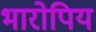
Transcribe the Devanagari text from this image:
भारोपिय